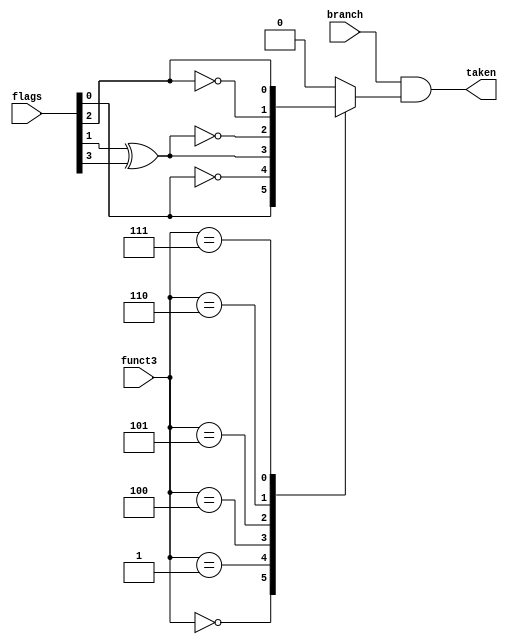
module bu (
    input  wire             branch,
    input  wire [3 : 0]      flags,
    input  wire [2 : 0]     funct3,
    output reg               taken
);
    wire v;
    wire c;
    wire n;
    wire z;
    wire cond;

    assign {v, c, n, z} = flags;
    assign taken = branch & cond;

    always @(*) begin
        case (funct3)
            3'b000: cond = z; 
            3'b001: cond = ~z;
            3'b100: cond = (n ^ v);
            3'b101: cond = ~(n ^ v);
            3'b110: cond = ~c;
            3'b111: cond = c;
            default:cond = 1'b0; 
        endcase
    end
    
endmodule